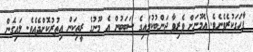
ފާހަގަކުރެވެނެވެ. އެމޫނަށް ވެރިވާ ޖަންބުކުލައިގެ ސަބަބުން އެ މޫނުގެ ރީތިކަން އިތުރުކޮށްދެއެވެ. ލައިގެން